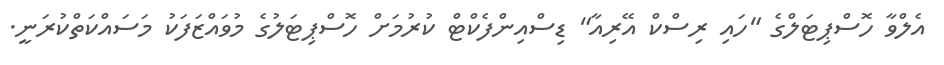
އެލްވާ ހޮސްޕިޓަލްގެ "ހައި ރިސްކް އޭރިއާ" ޑިސްއިންފެކްޓް ކުރުމަށް ހޮސްޕިޓަލުގެ މުވައްޒަފަކު މަސައްކަތްކުރަނީ.